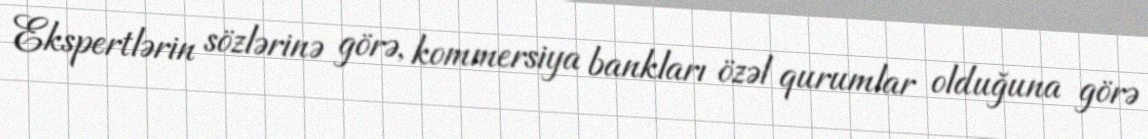
Ekspertlərin sözlərinə görə, kommersiya bankları özəl qurumlar olduğuna görə